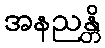
အနညန္တိ